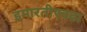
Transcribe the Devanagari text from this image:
इमारतीएवढा